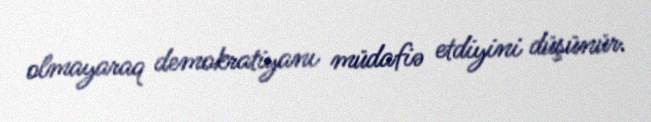
olmayaraq demokratiyanı müdafiə etdiyini düşünür.